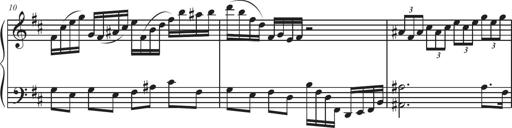
Title: Sonatina Espania
Composer: Jerald Franklin Archer
Key: Various